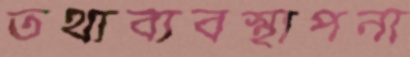
তথ্যব্যবস্থাপনা